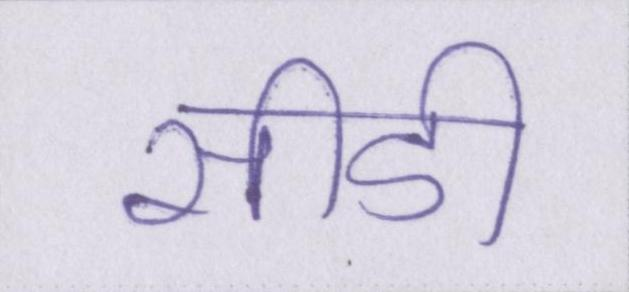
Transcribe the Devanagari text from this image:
सीडी